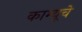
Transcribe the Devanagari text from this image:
काम्यूचे